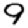
Digit: 9